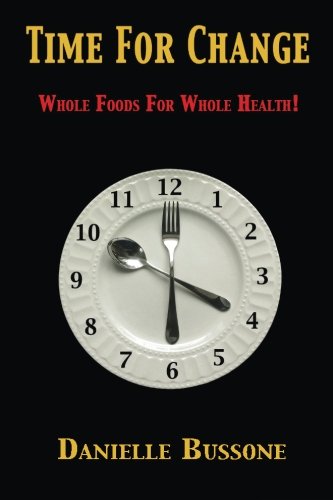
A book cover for Time For Change: Whole Foods For Whole Health!; Danielle Bussone; Cookbooks, Food & Wine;